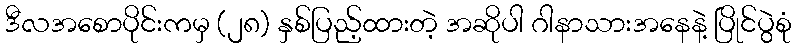
ဒီလအစောပိုင်းကမှ (၂၈) နှစ်ပြည့်ထားတဲ့ အဆိုပါ ဂါနာသားအနေနဲ့ ပြိုင်ပွဲစုံ